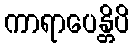
ကာရာပေန္တိပိ